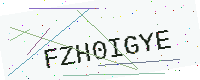
Text: FZH0IGYE